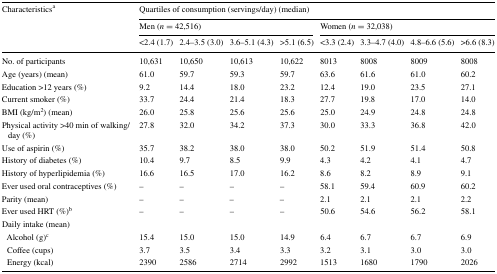
<table><thead><tr><td rowspan="3"><b>Characteristics<sup>a</sup></b></td><td colspan="8"><b>Quartiles of consumption (servings/day) (median)</b></td></tr><tr><td colspan="4"><b>Men (<i>n</i> = 42,516)</b></td><td colspan="4"><b>Women (<i>n</i> = 32,038)</b></td></tr><tr><td><b>&lt;2.4 (1.7)</b></td><td><b>2.4–3.5 (3.0)</b></td><td><b>3.6–5.1 (4.3)</b></td><td><b>&gt;5.1 (6.5)</b></td><td><b>&lt;3.3 (2.4)</b></td><td><b>3.3–4.7 (4.0)</b></td><td><b>4.8–6.6 (5.6)</b></td><td><b>&gt;6.6 (8.3)</b></td></tr></thead><tbody><tr><td>No. of participants</td><td>10,631</td><td>10,650</td><td>10,613</td><td>10,622</td><td>8013</td><td>8008</td><td>8009</td><td>8008</td></tr><tr><td>Age (years) (mean)</td><td>61.0</td><td>59.7</td><td>59.3</td><td>59.7</td><td>63.6</td><td>61.6</td><td>61.0</td><td>60.2</td></tr><tr><td>Education &gt;12 years (%)</td><td>9.2</td><td>14.4</td><td>18.0</td><td>23.2</td><td>12.4</td><td>19.0</td><td>23.5</td><td>27.1</td></tr><tr><td>Current smoker (%)</td><td>33.7</td><td>24.4</td><td>21.4</td><td>18.3</td><td>27.7</td><td>19.8</td><td>17.0</td><td>14.0</td></tr><tr><td>BMI (kg/m<sup>2</sup>) (mean)</td><td>26.0</td><td>25.8</td><td>25.6</td><td>25.6</td><td>25.0</td><td>24.9</td><td>24.8</td><td>24.8</td></tr><tr><td>Physical activity &gt;40 min of walking/day (%)</td><td>27.8</td><td>32.0</td><td>34.2</td><td>37.3</td><td>30.0</td><td>33.3</td><td>36.8</td><td>42.0</td></tr><tr><td>Use of aspirin (%)</td><td>35.7</td><td>38.2</td><td>38.0</td><td>38.0</td><td>50.2</td><td>51.9</td><td>51.4</td><td>50.8</td></tr><tr><td>History of diabetes (%)</td><td>10.4</td><td>9.7</td><td>8.5</td><td>9.9</td><td>4.3</td><td>4.2</td><td>4.1</td><td>4.7</td></tr><tr><td>History of hyperlipidemia (%)</td><td>16.6</td><td>16.5</td><td>17.0</td><td>16.2</td><td>8.6</td><td>8.2</td><td>8.9</td><td>9.1</td></tr><tr><td>Ever used oral contraceptives (%)</td><td>–</td><td>–</td><td>–</td><td>–</td><td>58.1</td><td>59.4</td><td>60.9</td><td>60.2</td></tr><tr><td>Parity (mean)</td><td>–</td><td>–</td><td>–</td><td>–</td><td>2.1</td><td>2.1</td><td>2.1</td><td>2.2</td></tr><tr><td>Ever used HRT (%)<sup>b</sup></td><td>–</td><td>–</td><td>–</td><td>–</td><td>50.6</td><td>54.6</td><td>56.2</td><td>58.1</td></tr><tr><td colspan="9">Daily intake (mean)</td></tr><tr><td> Alcohol (g)<sup>c</sup></td><td>15.4</td><td>15.0</td><td>15.0</td><td>14.9</td><td>6.4</td><td>6.7</td><td>6.7</td><td>6.9</td></tr><tr><td> Coffee (cups)</td><td>3.7</td><td>3.5</td><td>3.4</td><td>3.3</td><td>3.2</td><td>3.1</td><td>3.0</td><td>3.0</td></tr><tr><td> Energy (kcal)</td><td>2390</td><td>2586</td><td>2714</td><td>2992</td><td>1513</td><td>1680</td><td>1790</td><td>2026</td></tr></tbody></table>